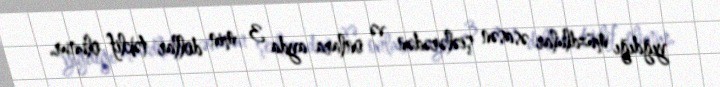
yığdığı müzdlular əsasən şiələrədən və onlara ayda 3 min dollar təklif olunur.